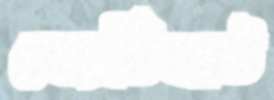
জেটিঘাট